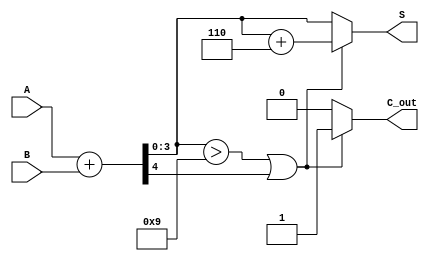
module bcd_async_adder (
    input  [3:0] A,      // First BCD digit (0-9)
    input  [3:0] B,      // Second BCD digit (0-9)
    output reg [3:0] S,   // BCD sum output
    output reg C_out      // Carry output indicating overflow
);

    wire [4:0] Sum;       // 5-bit wire to hold initial binary sum
    wire C_temp;          // Temporary carry out from binary addition
    wire correction;      // Signal to indicate if correction is needed

    // Compute the initial binary sum
    assign Sum = A + B;   // Sum is 5 bits to accommodate carry
    assign C_temp = Sum[4]; // Carry out from the sum

    // Determine if correction is needed
    assign correction = (Sum[3:0] > 4'b1001) || C_temp;

    // Asynchronous logic to compute final BCD result
    always @* begin
        if (correction) begin
            // If correction is needed, add 6 (0110) to the sum
            S = Sum[3:0] + 4'b0110;
            C_out = 1; // Set carry out for overflow
        end else begin
            S = Sum[3:0]; // No correction needed
            C_out = 0; // No overflow
        end
    end

endmodule